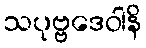
သပုဗ္ဗဒေဝါနိ